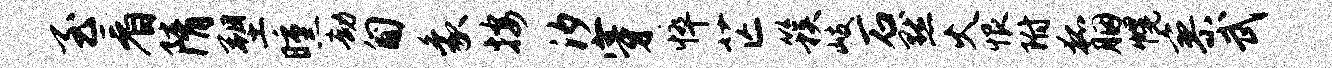
至看隋塑曛劫匍象按汐穿悴芒簇岐石默火恨附狐胭幌寥武